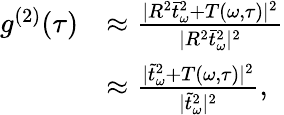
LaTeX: \begin{array}{rl}{g^{(2)}(\tau)}&{\approx\frac{|R^{2}\bar{t}_{\omega}^{2}+T(\omega,\tau)|^{2}}{|R^{2}\bar{t}_{\omega}^{2}|^{2}}}\\ &{\approx\frac{|\tilde{t}_{\omega}^{2}+T(\omega,\tau)|^{2}}{|\tilde{t}_{\omega}^{2}|^{2}},}\end{array}